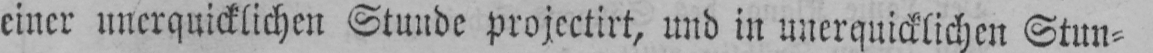
einer unerquicklichen Stunde projectirt, und in unerquicklichen Stun⸗